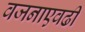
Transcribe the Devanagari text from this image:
वजनाएवढी